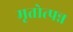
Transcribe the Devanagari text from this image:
मृतोत्पन्न